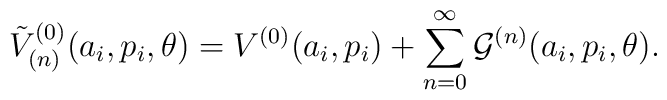
{\tilde V}_{(n)}^{(0)}(a_i,p_i,\theta) = V^{(0)}(a_i,p_i) + \sum_{n=0}^\infty{\cal G}^{(n)}(a_i,p_i,\theta).